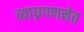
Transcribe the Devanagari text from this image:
व्याघ्रगणनेत